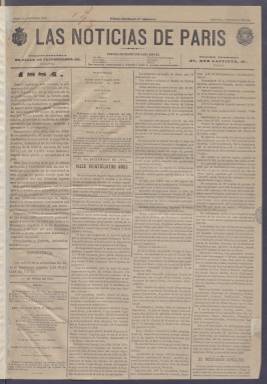
Título: Las Noticias de París
Colección: Periódicos
Ámbito geográfico: Madrid
Lugar de publicación: Madrid
Fechas: 01/01/1884-20/01/1884

Periódico nacido en 1883 que se editaba en español en Madrid y en francés en París.  La edición española daba prioridad a la actualidad nacional, pero incluía amplia información de acontecimientos y sucesos ocurridos en el extranjero, sobre todo en Francia. Sus fundadores parecen ser que fueron madrileños y franceses radicados en la capital de España en colaboración con compatriotas de Francia.

   Este periódico nació después de la grave ofensa que recibió el rey Alfonso XII en septiembre de 1883 en su visita a París, donde fue recibido a gritos por un grupo de radicales republicanos con la pasividad del Gobierno de la República de Francia, suceso que fue criticado en toda la prensa europea, incluida la francesa. El viaje del rey incluyó, además de Francia, Alemania, Austria y Bélgica. Alfonso XII fue recibido en Madrid con grandes ovaciones ciudadanas a modo de desagravio.

  Se desconoce si fue a raíz de estos hechos cuando nació el deseo de mejorar las relaciones entre los dos países o se trata de una coincidencia, pero lo cierto es que Las Noticias de París salió poco después de estos acontecimientos.

   En el primer número que posee la BNE de esta publicación, el del 1 de enero de 1884, se destaca en una columna de la portada este objetivo de forjar una alianza íntima entre los dos países: ‘Dios que las hizo hermanas, todo lo preparó a propósito para que puedan permanecer unidas, y para que lo indispensable de sus relaciones constituya lo inquebrantable de su alianza, cualesquiera que puedan ser las maniobras de sus enemigos comunes para turbarlas en adelante’. La columna concluye con un ‘Viva España y Francia indisolublemente unidas’.

    El periódico tenía un marcado carácter político, con artículos de fondo comentando la actualidad nacional y resúmenes de la opinión de otros periódicos españoles sobre la actuación del Gobierno y las sesiones de las Cortes. Había también una sección de Variedades y otra de Bolsa, además de un folletín, y la última de sus cuatro páginas estaba dedicada a la publicidad, con anuncios que incluían establecimientos comerciales franceses en Madrid.

  Coincidiendo con la salida del periódico subió fugazmente al poder la Izquierda Dinástica, partido al que parece apoyar Las Noticias de París, a juzgar por la lectura de los números que posee la BNE, todos de enero de 1884. La Izquierda Dinástica era una escisión del Partido Liberal de Sagasta que abogaba por la democratización del régimen con la aprobación del sufragio universal masculino. Sus miembros volvieron en 1885 al Partido Liberal tras aceptar Sagasta esta reivindicación junto con otras.

   Las Noticias de París se distribuía gratuitamente a los viajeros de los principales hoteles de Madrid, pero no parece que tuviera gran aceptación fuera de la capital de España. En todo caso debió de tener una vida efímera dado el poco rastro que ha dejado en la historia del periodismo español.

[Descripción publicada el 11/09/2023]